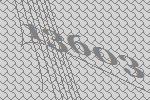
13603